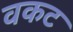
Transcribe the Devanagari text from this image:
वकट